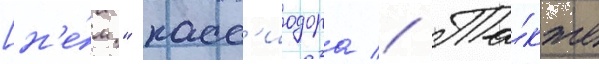
[н'е́м." касс'иодора // Та́кже